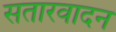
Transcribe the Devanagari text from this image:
सतारवादन